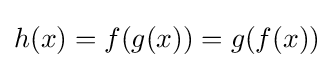
h(x)=f(g(x))=g(f(x))